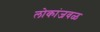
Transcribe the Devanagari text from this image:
लोकांजवळ